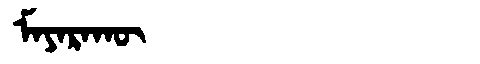
Manchu: ᠮᠠᠶᠠᡵᠠᡴᡡ
Romanization: MAYARAKŪ